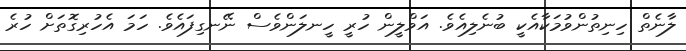
ލާނެތް ހިނިތުންވުމަކާއެކީ ބުނެލިއެވެ. އަވްލީން ހުރީ ހީނލަންވެސް ނޭނގިފައެވެ. ހަމަ އެހުރިގޮތަށް ހުރެ